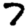
Digit: 7